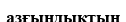
азғындықтың